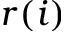
r ( i )